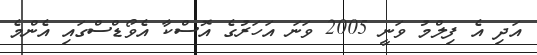
އަދި އެ ފިލްމު ވަނީ 2005 ވަނަ އަހަރުގެ އޮސްކާ އެވޯޑްސްގައި އެންމެ